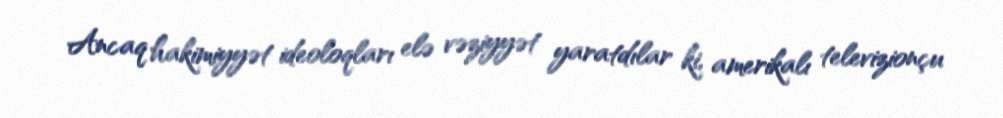
Ancaq hakimiyyət ideoloqları elə vəziyyət yaratdılar ki, amerikalı televizionçu